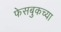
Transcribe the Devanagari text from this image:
फेसबुकच्या